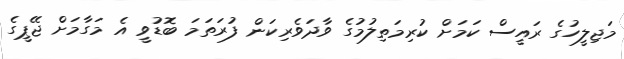
މަޖިލީހުގެ ރައީސް ކަމަށް ކުރިމަތިލުމުގެ ވާދަވެރިކަން ފުރަތަމަ ބޮޑުވީ އެ މަގާމަށް ޖޭޕީގެ